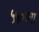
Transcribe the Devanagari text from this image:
५५०व्या